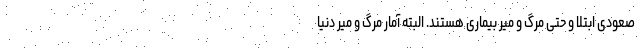
صعودی ابتلا و حتی مرگ و میر بیماری هستند. البته آمار مرگ و میر دنیا